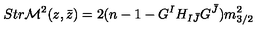
S t r { \cal M } ^ { 2 } ( z , \bar { z } ) = 2 ( n - 1 - G ^ { I } H _ { I { \bar { J } } } G ^ { \bar { J } } ) m _ { 3 / 2 } ^ { 2 }